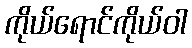
ကိုယ်ရောင်ကိုယ်ဝါ